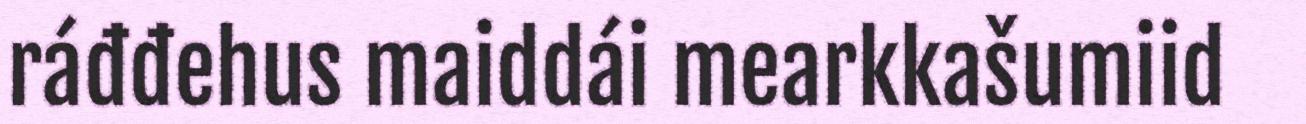
ráđđehus maiddái mearkkašumiid